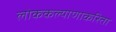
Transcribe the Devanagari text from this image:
लोककल्याणाकरिता